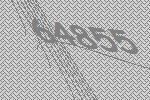
64855